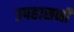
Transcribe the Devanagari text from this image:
उपहासनी